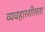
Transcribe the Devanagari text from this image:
व्यवहारशीलता